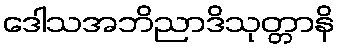
ဒေါသအဘိညာဒိသုတ္တာနိ